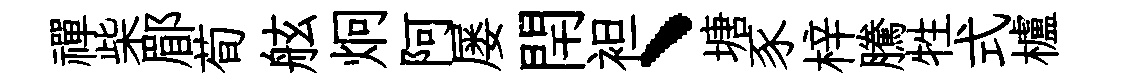
禪柴郿荀舷炯阿屡閈袒、塘豕梓騰牲式櫨